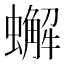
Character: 蠏